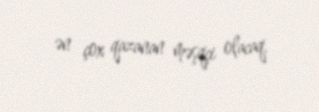
ən çox qazanan məşqçi olacaq.